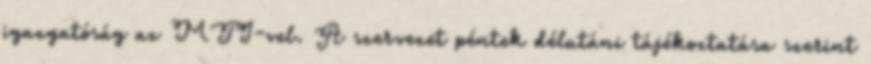
igazgatóság az MTI-vel. A szervezet péntek délutáni tájékoztatása szerint